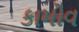
કામોવ